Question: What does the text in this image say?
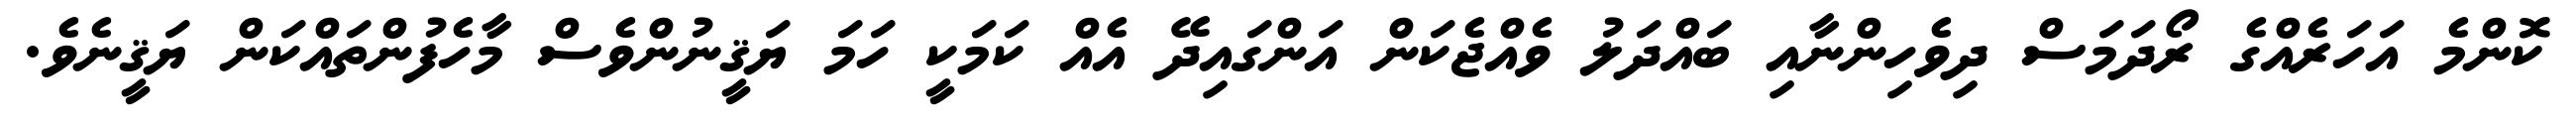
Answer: ކޮންމެ އަހަރެއްގެ ރޯދަމަސް ދިވެހިންނާއި ބައްދަލު ވެއްޖެކަން އަންގައިދޭ އެއް ކަމަކީ ހަމަ ޔަޤީނުންވެސް މާހެފުންތައްކަން ޔަޤީނެވެ.